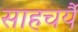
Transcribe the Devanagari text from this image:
साहचर्यै